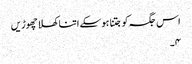
اس جگہ کو جتنا ہوسکے اتنا کھلا چھوڑیں
۴۔